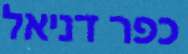
כפר דניאל